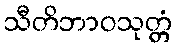
သီတိဘာဝသုတ္တံ